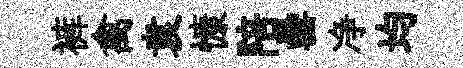
裤禽袁慷陪罍净均